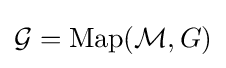
{\mathcal {G}}={\text{Map}}({\mathcal {M}},G)